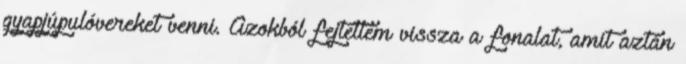
gyapjúpulóvereket venni. Azokból fejtettem vissza a fonalat, amit aztán